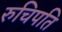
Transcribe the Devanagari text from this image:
रुचिपति